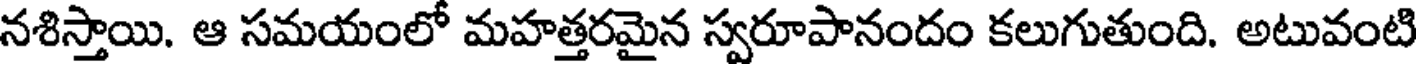
నశిస్తాయి. ఆ సమయంలో మహత్తరమైన స్వరూపానందం కలుగుతుంది. అటువంటి